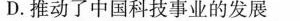
D.推动了中国科技事业的发展